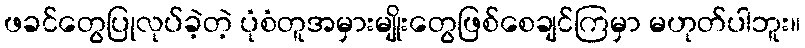
ဖခင်တွေပြုလုပ်ခဲ့တဲ့ ပုံစံတူအမှားမျိုးတွေဖြစ်စေချင်ကြမှာ မဟုတ်ပါဘူး။